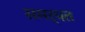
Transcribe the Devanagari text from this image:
समर्पत